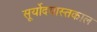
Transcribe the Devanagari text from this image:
सूर्योदयास्तकाल